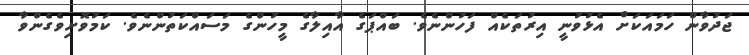
ޖަދުވާން ހަމައަކަށް އެޅުވުނީ އިރުތަކެއް ފަހުންނެވެ. ބައްޕަގެ އާއިލާގެ މީހުންގެ މަސައްކަތުންނެވެ. ކަމުވޮށިވެގެންވާ